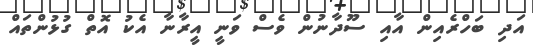
އަދި ބަހްރެއިން އާއި ސޫދާނުން ވެސް ވަނީ އީރާނާ އެކު އޮތް ގުޅުންތައް